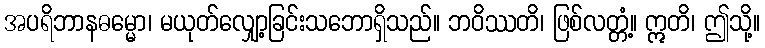
အပရိဘာနဓမ္မော၊ မယုတ်လျှော့ခြင်းသဘောရှိသည်။ ဘဝိဿတိ၊ ဖြစ်လတ္တံ့။ ဣတိ၊ ဤသို့။